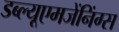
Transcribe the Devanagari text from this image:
डब्ल्यूएमजेंनिंग्स